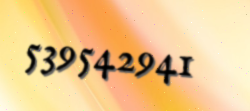
539542941